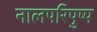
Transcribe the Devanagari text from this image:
नालपरिपुष्प